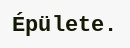
Épülete.